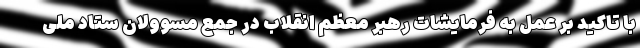
با تاکید بر عمل به فرمایشات رهبر معظم انقلاب در جمع مسوولان ستاد ملی